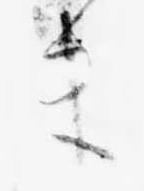
ま